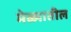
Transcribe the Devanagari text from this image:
मेळ्यातील